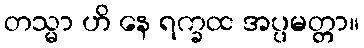
တသ္မာ ဟိ နေ ရက္ခထ အပ္ပမတ္တာ။